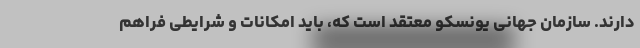
دارند. سازمان جهانی یونسکو معتقد است که، باید امکانات و شرایطی فراهم